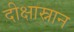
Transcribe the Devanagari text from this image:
दीक्षास्नान